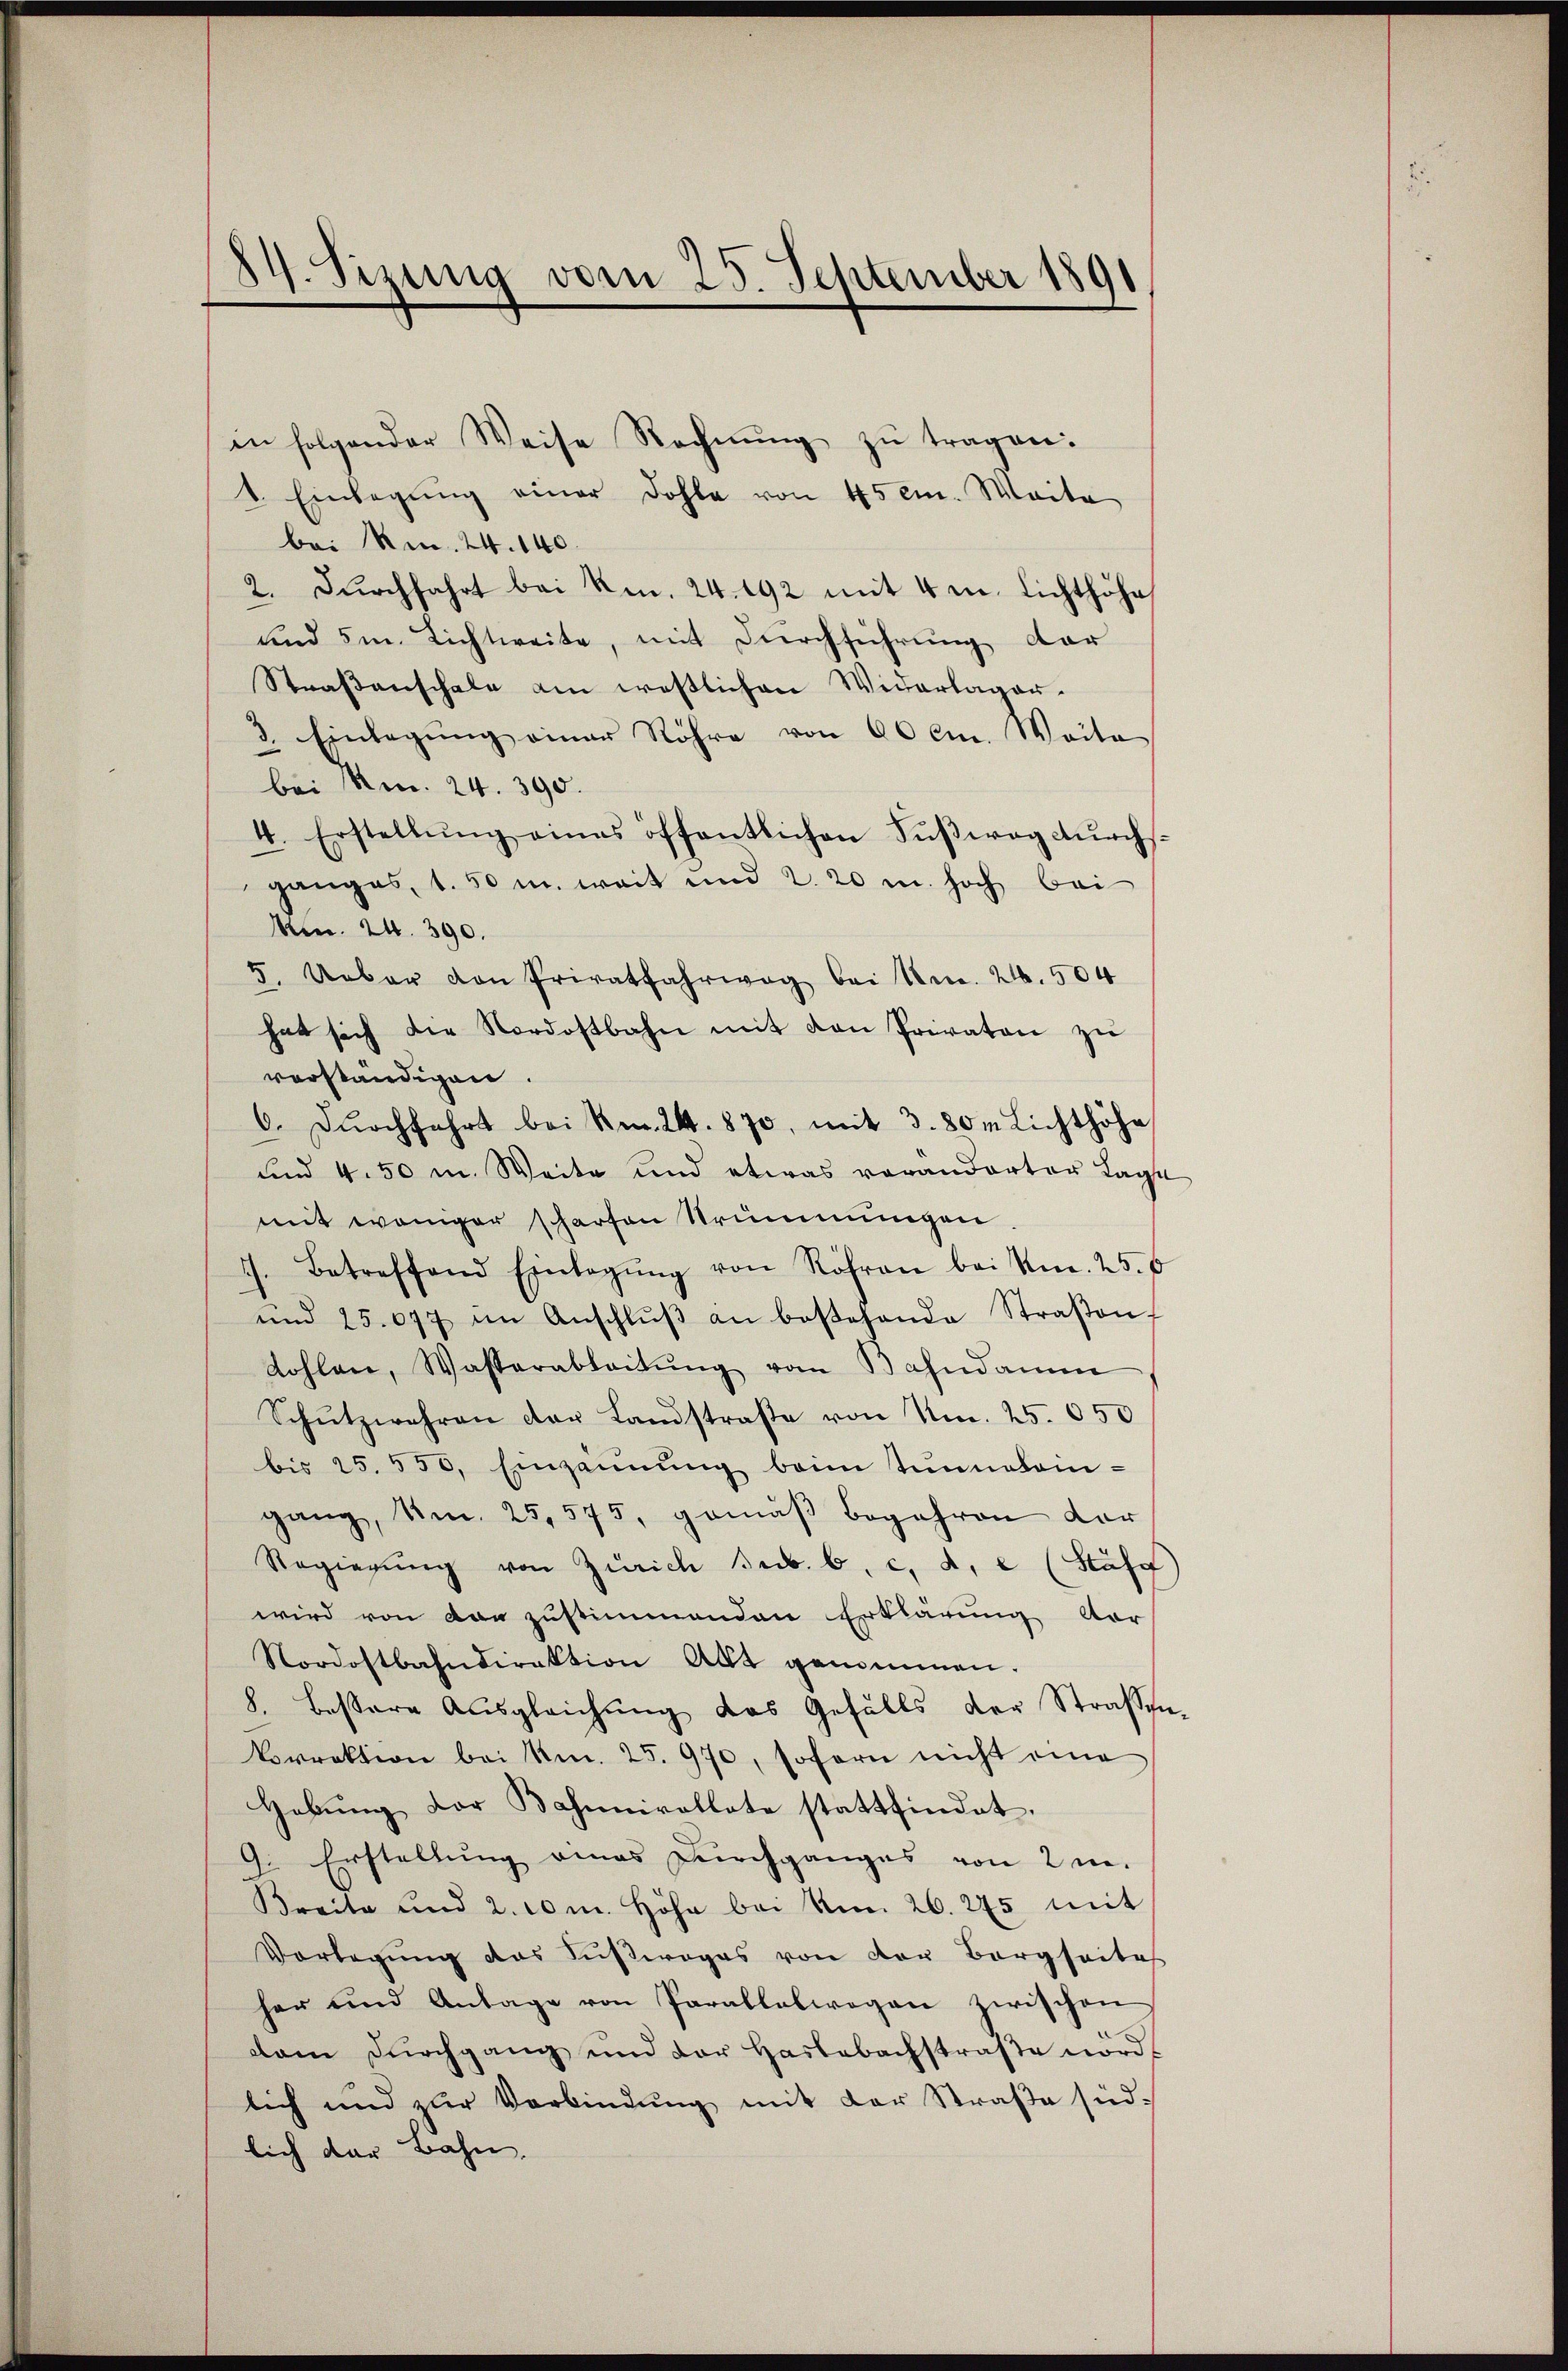
84. Sizung vom 25. September 1891

in folgender Weise Rechnŭng zŭ tragen.
4. Einlegŭng einer Dohle von 45 cm. Weite
bei M. 24. 140.
2. Durchfahrt bei kn. 24. 192 mit 4 mn. Lichthöhe
und 5m Lichtweite, mit Durchführung dar
Straβenschale am westlichen Widerlager-
3. Einlegung einer Röhre von 60 cm. Weite
bei Am. 24. 390.
4. Erstellŭng eines öffentlichen Fŭβwog dŭrchs-
ganges, 1.50 u. weit und 2. 20 u. hoch bei
M. 24. 390.
5. Ueber von Privatfahrweg bei Nr. 24. 504
hat sich die Nordostbahn mit den Privaten zŭ
verständigen.
6. Dŭrchfahrt bei Nr. 24. 870, mit 3.80m Lichthöhe
und 4.50 m. Weite und etwas vorandarter Lage
mit weniger scharten Strümmungen
c. Betreffend Einlegŭng von Röhren bei kn. 25. F
und 25. 677 im Anschlŭβ an bestehende Straβen-
Kohlen, Wasserableitŭng vom Bahndamm
Schŭtzwehren der Landstraße von Nr. 25. 650
bis 25. 550, Einzainŭng beim Tŭnnalein-
gang, Am. 25,575, gemäβ begehren dar
Regierŭng von Zürich sub. b. c. d. c (Stäff
wird von von zustimmenden Erklärung dar
Nordostbahndirektion Akt genommen.
8. bessere Ausgleichung das Gefälls der Straßen-
korrektion bei Am. 25. 970, sofern nicht eine
Gebung der Bahnnivollate stattfindet.
9. Erstellung eines Durchganges von 2 m.
Breite und 2. 10m Höhe bei No. 26. 275 mit
Vorlegŭng des Fußweges von der Borgsaites
her und Anlage von Parallelwegen zwischen
dam Dŭrchgang und der Haslabachstraβe nördl
lich und zur Verbindung mit der Straße südlich der Bahn.